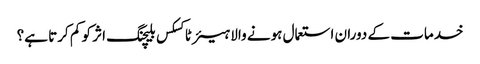
خدمات کے دوران استعمال ہونے والا ہیئر ٹاکسکس بلیچنگ اثر کو کم کرتا ہے؟